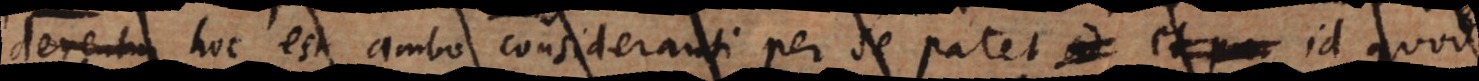
derentur hoc est ambo consideranti per se patet ad et